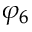
\varphi _ { 6 }